Indian Civil Veterinary Department memoirs
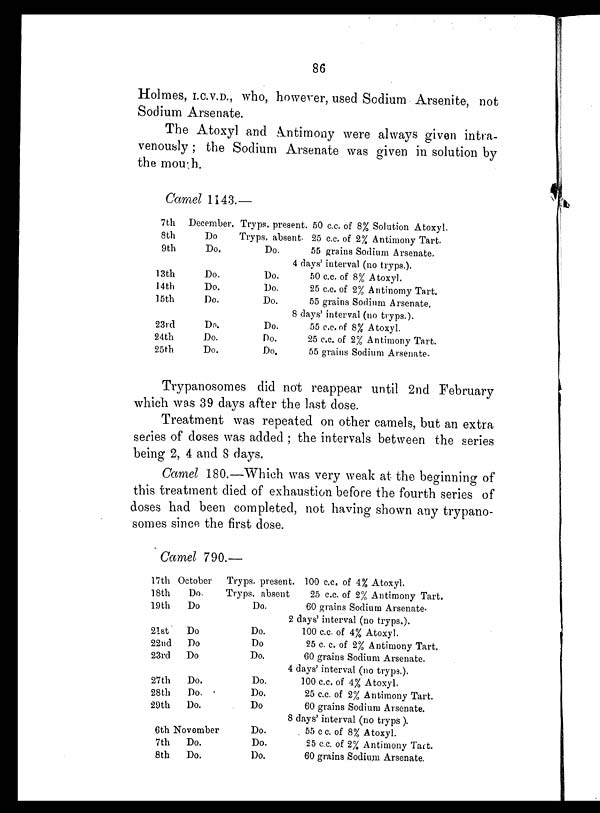
86
Holmes, I.C.V.D., who, however, used Sodium Arsenite, not
Sodium Arsenate.
The Atoxyl and Antimony were always given intra-
venously; the Sodium Arsenate was given in solution by
the mouth.
Camel 1143.—
7th December.
8th
Do
9th
Do.
13th
Do.
14th
Do.
15th
Do.
23rd
Do.
24th
Do.
25th
Do.
Tryps. present.
Tryps. absent.
Do.
50 c.c. of 8% Solution Atoxyl.
25 c.c. of 2% Antimony Tart.
55 grains Sodium Arsenate.
4 days' interval (no tryps.).
Do.
Do.
Do.
50 c.c. of 8% Atoxyl.
25 c.c. of 2% Antinomy Tart.
55 grains Sodium Arsenate.
8 days' interval (no tryps.).
Do.
Do.
Do.
55 c.c. of 8% Atoxyl.
25 c.c. of 2% Antimony Tart.
55 grains Sodium Arsenate.
Trypanosomes did not reappear until 2nd February
which was 39 days after the last dose.
Treatment was repeated on other camels, but an extra
series of doses was added; the intervals between the series
being 2, 4 and 8 days.
Camel 180.—Which was very weak at the beginning of
this treatment died of exhaustion before the fourth series of
doses had been completed, not having shown any trypano-
somes since the first dose.
Camel 790.—
17th October
18th
Do.
19th
Do
21st
Do
22nd
Do
23rd
Do
27th
Do.
28th
Do.
29th
Do.
6th November
7th
Do.
8th
Do.
Tryps. present.
Tryps. absent
Do.
100 c.c. of 4% Atoxyl.
25 c.c. of 2% Antimony Tart.
60 grains Sodium Arsenate.
2 days' interval (no tryps.).
Do.
Do
Do.
100 c.c. of 4% Atoxyl.
25 c. c. of 2% Antimony Tart.
60 grains Sodium Arsenate.
4 days' interval (no tryps.).
Do.
Do.
Do
100 c.c. of 4% Atoxyl.
25 c.c. of 2% Antimony Tart.
60 grains Sodium Arsenate.
8 days' interval (no tryps).
Do.
Do.
Do.
55 c c. of 8% Atoxyl.
25 c.c. of 2% Antimony Tart.
60 grains Sodium Arsenate.